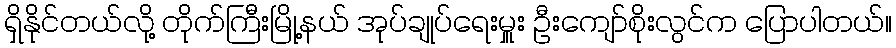
ရှိနိုင်တယ်လို့ တိုက်ကြီးမြို့နယ် အုပ်ချုပ်ရေးမှူး ဦးကျော်စိုးလွင်က ပြောပါတယ်။